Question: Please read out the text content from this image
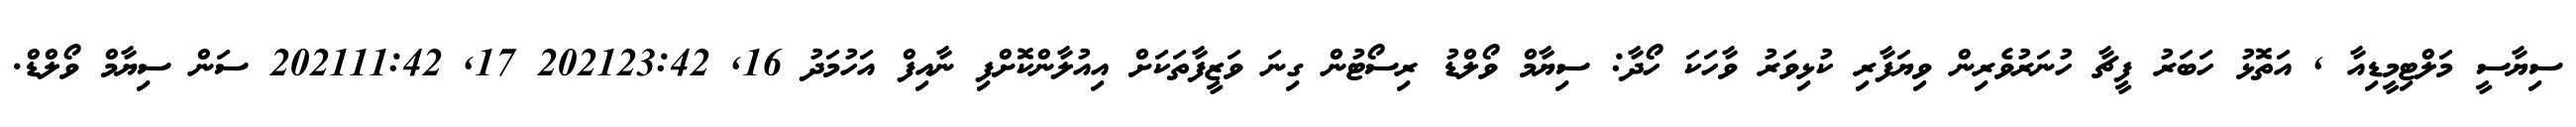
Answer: ސިޔާސީ މަލްޓިމީޑިއާ , އަތޮޅު ހަބަރު ފީޗާ ހުނަރުވެރިން ވިޔަފާރި ކުޅިވަރު ވާހަކަ ހޯދާ: ސިޔާމް ވޯލްޑު ރިސޯޓުން ގިނަ ވަޒީފާތަކަށް އިއުލާންކޮށްފި ނާއިފް އަހުމަދު 16, 202123:42 17, 202111:42 ސަން ސިޔާމް ވޯލްޑް.